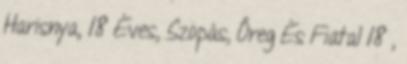
Harisnya, 18 Éves, Szopás, Őreg És Fiatal 18 ,